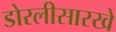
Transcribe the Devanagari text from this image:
डोरलीसारखे